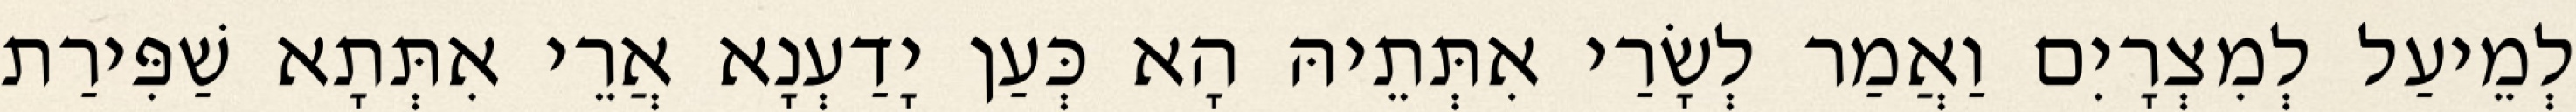
לְמֵיעַל לְמִצְרָיִם וַאֲמַר לְשָׂרַי אִתְּתֵיהּ הָא כְּעַן יָדַעְנָא אֲרֵי אִתְּתָא שַׁפִּירַת